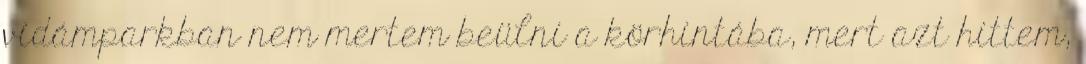
vidámparkban nem mertem beülni a körhintába, mert azt hittem,